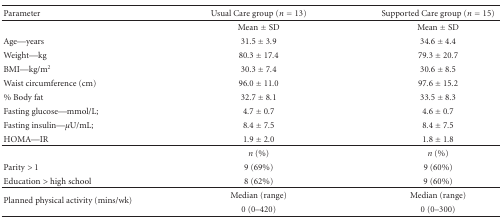
<table><thead><tr><td><b>Parameter</b></td><td><b>Usual Care group (<i>n</i> = 13)</b></td><td><b>Supported Care group (<i>n</i> = 15)</b></td></tr></thead><tbody><tr><td></td><td>Mean ± SD</td><td>Mean ± SD</td></tr><tr><td>Age—years</td><td>31.5 ± 3.9</td><td>34.6 ± 4.4</td></tr><tr><td>Weight—kg</td><td>80.3 ± 17.4</td><td>79.3 ± 20.7</td></tr><tr><td>BMI—kg/m<sup>2</sup></td><td>30.3 ± 7.4</td><td>30.6 ± 8.5</td></tr><tr><td>Waist circumference (cm)</td><td>96.0 ± 11.0</td><td>97.6 ± 15.2</td></tr><tr><td>% Body fat</td><td>32.7 ± 8.1</td><td>33.5 ± 8.3</td></tr><tr><td>Fasting glucose—mmol/L;</td><td>4.7 ± 0.7</td><td>4.6 ± 0.7</td></tr><tr><td>Fasting insulin—<i>μ</i>U/mL;</td><td>8.4 ± 7.5</td><td>8.4 ± 7.5</td></tr><tr><td>HOMA—IR</td><td>1.9 ± 2.0</td><td>1.8 ± 1.8</td></tr><tr><td></td><td><i>n</i> (%)</td><td><i>n</i> (%)</td></tr><tr><td>Parity &gt; 1</td><td>9 (69%)</td><td>9 (60%)</td></tr><tr><td>Education &gt; high school</td><td>8 (62%)</td><td>9 (60%)</td></tr><tr><td rowspan="2">Planned physical activity (mins/wk)</td><td>Median (range)</td><td>Median (range)</td></tr><tr><td>0 (0–420)</td><td>0 (0–300)</td></tr></tbody></table>